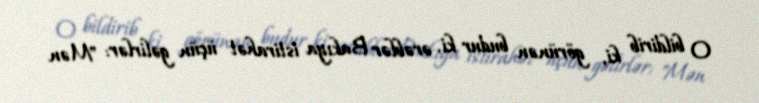
O bildirib ki, görünən budur ki, ərəblər Bakıya istirahət üçün gəlirlər: "Mən